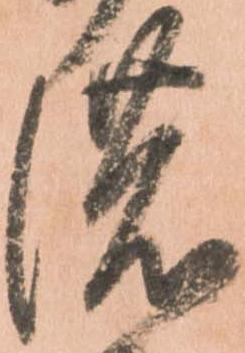
濃